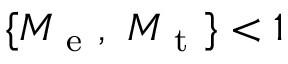
\{ M _ { \mathrm { ~ e ~ } } , ~ M _ { \mathrm { ~ t ~ } } \} < 1